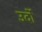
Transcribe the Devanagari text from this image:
उर्दो